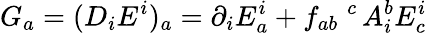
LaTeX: G_{a}=(D_{i}E^{i})_{a}=\partial_{i}E_{a}^{i}+f_{ab}\; ^{c}\, A_{i}^{b}E_{c}^{i}